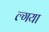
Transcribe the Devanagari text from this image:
ल्गया